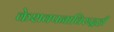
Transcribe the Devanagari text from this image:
केशवपनाविरुद्धही